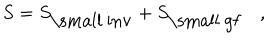
LaTeX: S = S _ { \mathrm { \small ~ i n v } } + S _ { \mathrm { \small ~ g f } } \quad ,